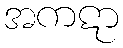
အကဋာ